Scottish Leaving Certificate Examination, 1959
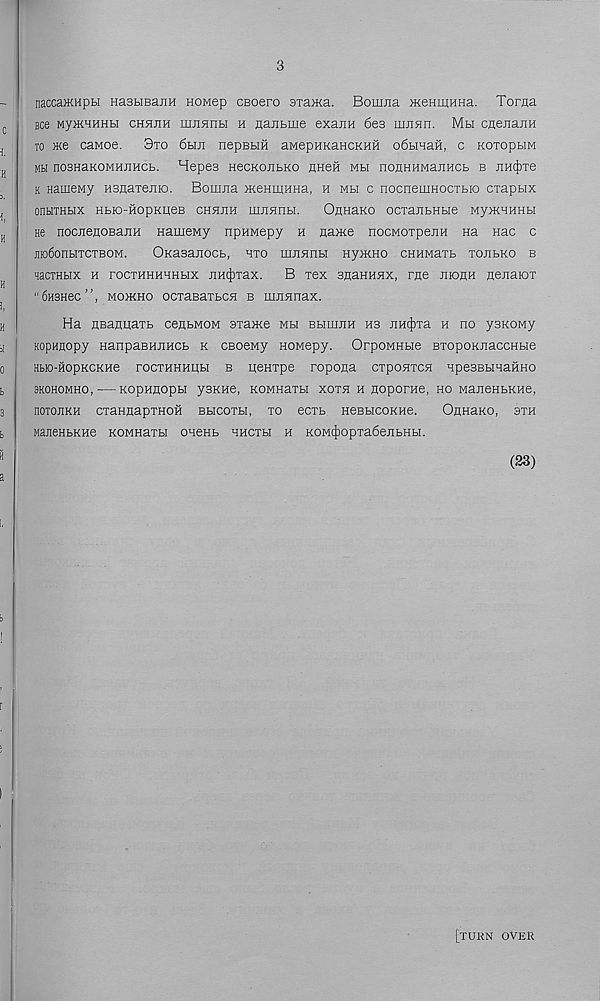
3
naccamupH HastmajiH HOMep cBoero axama. Bomna meHmHHa. Torna
Bee MpKHHHH cHHJiH mjiHnti h aantuie exaiiH 6es uuiBn. Mh cnenanH
to Me cawoe. 3to 6hm nepBHH aMepHKancKHH o6biHaH, c kotoplim
mm nosHaKOMHUHCb. Hepes HecKOJibKO HHeH mh noflHHManucb b nH^xe
k HameMy Hsnaxejiio. Bomna OKeniiTHHa, h mh c nocneixiHOCxbio cxapbix
onbixHbix Hbio-HopKqeB chhjih musmbi.
OnnaKO ocxanbHbie MyoKHnnu
He nocnenoBanH HameMy npHMepy h na>Ke nocMoxpejiH Ha nac c
jno6onbixcxBOM.
OKasanocb, hxo moinnH Hy>KHO cHHMaxb xojibko b
HacxHbix h rocxHHHHHbix jiHtjoxax. B xex snaHHHX, rne jtbdhh Henaiox
"finsnec”, mookho ocxaBaxbCsi b mJiHnax.
Ha HBanqaxb cenbMOM sxaoKe mh BbimoiH hb xtHt^xa h no ysKOMy
KopHflopy HanpaBHHHCb k CBoeMy HOMepy. OrpoMHbie BxopoKJiaccHbie
Hbro-HopKCKHe rocxHHHHbi b qeHxpe ropona cxponxcn HpesEbinaHHO
3KOHOMHO, KOpHHOpbl y3KH6, KOMHaXH XOXH H HOpOTHe, HO MajieHBKHe,
HOTOJIKH CXaHnapXHOH BHCOXH, XO ecxb HeBHCOKHe.
OHHaKO, 3XH
ManeHbKHe KOMHaxbi oneKb hhcxh h KOM4)opxa6ejribHbi.
(33)
[turn over